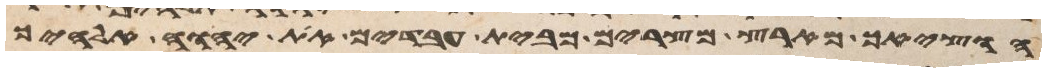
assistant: הוציאך מארץ מצרים מבית עבדים את יהוה אלהיך